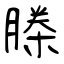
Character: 榺